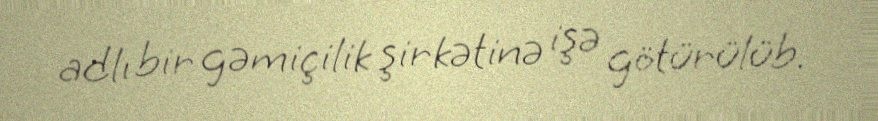
adlı bir gəmiçilik şirkətinə işə götürülüb.